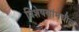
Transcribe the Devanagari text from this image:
विशेषणांमधील